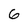
Character: 6